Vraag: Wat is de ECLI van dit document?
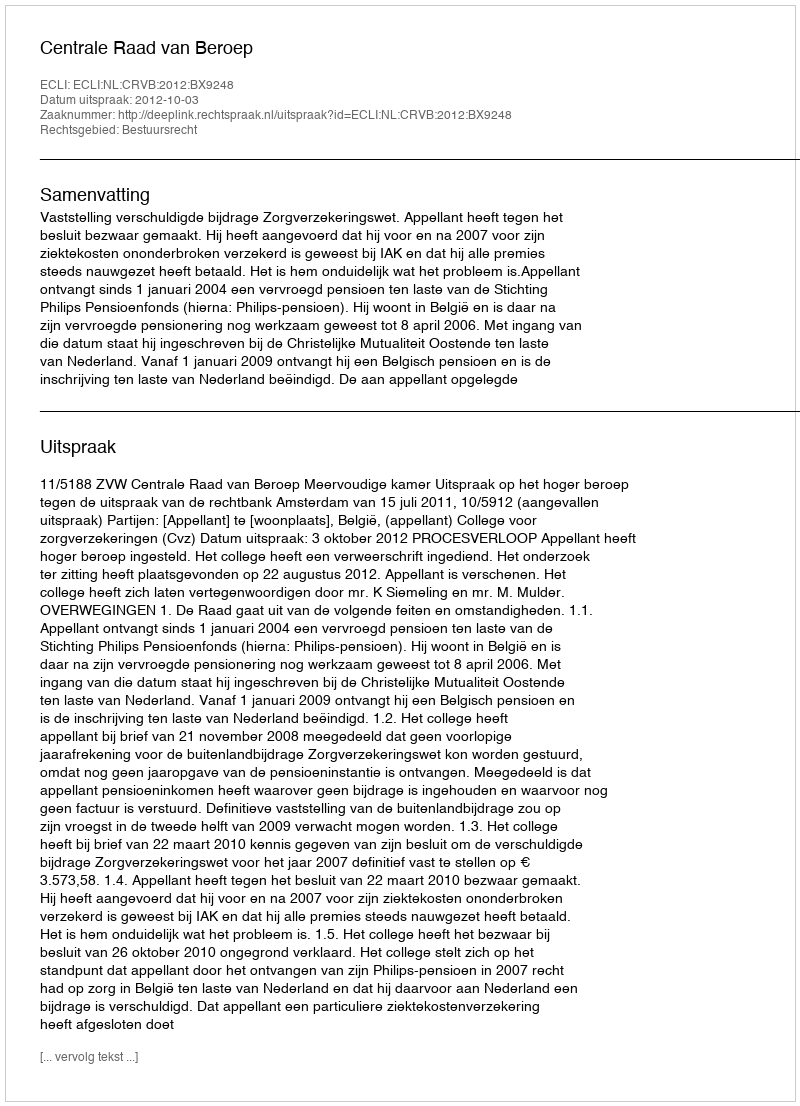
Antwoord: ECLI:NL:CRVB:2012:BX9248